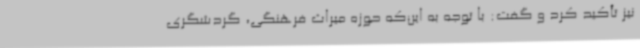
نیز تأکید کرد و گفت: با توجه به این‌که حوزه میراث فرهنگی، گردشگری